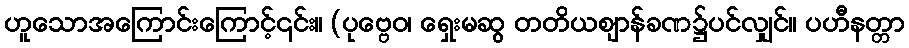
ဟူသောအကြောင်းကြောင့်၎င်း။ (ပုဗ္ဗေဝ၊ ရှေးမဆွ တတိယဈာန်ခဏ၌ပင်လျှင်။ ပဟီနတ္တာ